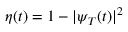
\eta ( t ) = 1 - | \psi _ { T } ( t ) | ^ { 2 }